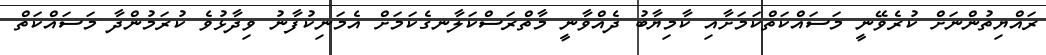
ރައްޔިތުންނަށް ކުރެވޭނީ މަސައްކަތްކަމަށާއި ކާމިޔާބު ދެއްވާނީ މާތްރަސްކަލާނގެކަމަށް އެމަނިކުފާނު ވިދާޅުވެ ކުރަމުންދާ މަސައްކަތް